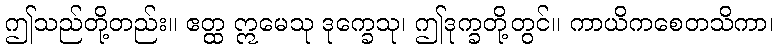
ဤသည်တို့တည်း။ ဧတ္ထ ဣမေသု ဒုက္ခေသု၊ ဤဒုက္ခတို့တွင်။ ကာယိကစေတသိကာ၊